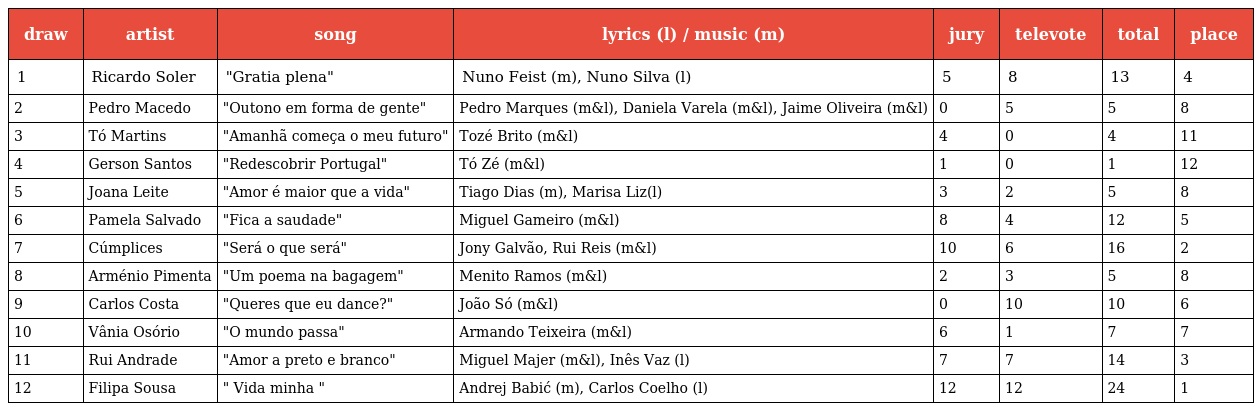
| draw | artist | song | lyrics (l) / music (m) | jury | televote | total | place |
 | --- | --- | --- | --- | --- | --- | --- | --- |
 | 1 | Ricardo Soler | "Gratia plena" | Nuno Feist (m), Nuno Silva (l) | 5 | 8 | 13 | 4 |
 | 2 | Pedro Macedo | "Outono em forma de gente" | Pedro Marques (m&l), Daniela Varela (m&l), Jaime Oliveira (m&l) | 0 | 5 | 5 | 8 |
 | 3 | Tó Martins | "Amanhã começa o meu futuro" | Tozé Brito (m&l) | 4 | 0 | 4 | 11 |
 | 4 | Gerson Santos | "Redescobrir Portugal" | Tó Zé (m&l) | 1 | 0 | 1 | 12 |
 | 5 | Joana Leite | "Amor é maior que a vida" | Tiago Dias (m), Marisa Liz(l) | 3 | 2 | 5 | 8 |
 | 6 | Pamela Salvado | "Fica a saudade" | Miguel Gameiro (m&l) | 8 | 4 | 12 | 5 |
 | 7 | Cúmplices | "Será o que será" | Jony Galvão, Rui Reis (m&l) | 10 | 6 | 16 | 2 |
 | 8 | Arménio Pimenta | "Um poema na bagagem" | Menito Ramos (m&l) | 2 | 3 | 5 | 8 |
 | 9 | Carlos Costa | "Queres que eu dance?" | João Só (m&l) | 0 | 10 | 10 | 6 |
 | 10 | Vânia Osório | "O mundo passa" | Armando Teixeira (m&l) | 6 | 1 | 7 | 7 |
 | 11 | Rui Andrade | "Amor a preto e branco" | Miguel Majer (m&l), Inês Vaz (l) | 7 | 7 | 14 | 3 |
 | 12 | Filipa Sousa | " Vida minha " | Andrej Babić (m), Carlos Coelho (l) | 12 | 12 | 24 | 1 |